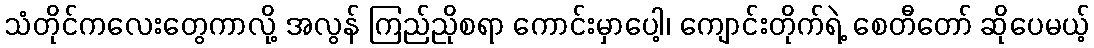
သံတိုင်ကလေးတွေကာလို့ အလွန် ကြည်ညိုစရာ ကောင်းမှာပေါ့၊ ကျောင်းတိုက်ရဲ့ စေတီတော် ဆိုပေမယ့်